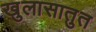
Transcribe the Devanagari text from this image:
खुलासातुत